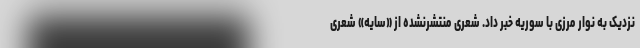
نزدیک به نوار مرزی با سوریه خبر داد. شعری منتشرنشده از «سایه» شعری